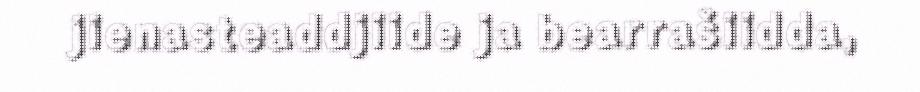
jienasteaddjiide ja bearrašiidda,